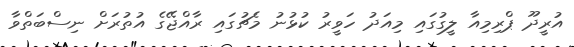
އުރީދޫ ޕްރިމިއާ ލީގުގައި މިއަދު ހަވީރު ކުޅުނު މެޗުގައި ރާއްޖޭގެ އުތުރަށް ނިސްބަތްވާ